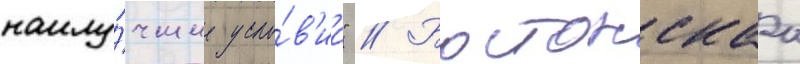
наилу́чшие усло́в'иа" // Бостонскаа